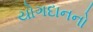
યોગદાનનો